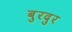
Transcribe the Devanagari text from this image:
बुरदुर